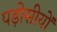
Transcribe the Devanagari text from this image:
पड़ोसीयों